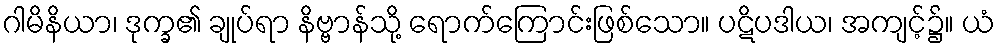
ဂါမိနိယာ၊ ဒုက္ခ၏ ချုပ်ရာ နိဗ္ဗာန်သို့ ရောက်ကြောင်းဖြစ်သော။ ပဋိပဒါယ၊ အကျင့်၌။ ယံ